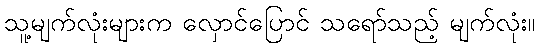
သူ့မျက်လုံးများက လှောင်ပြောင် သရော်သည့် မျက်လုံး။